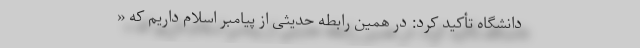
دانشگاه تأکید کرد: در همین رابطه حدیثی از پیامبر اسلام داریم که «